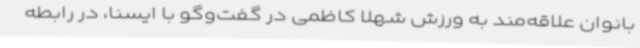
بانوان علاقه‌مند به ورزش شهلا کاظمی در گفت‌وگو با ایسنا، در رابطه